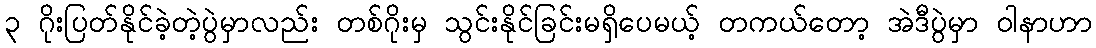
၃ ဂိုးပြတ်နိုင်ခဲ့တဲ့ပွဲမှာလည်း တစ်ဂိုးမှ သွင်းနိုင်ခြင်းမရှိပေမယ့် တကယ်တော့ အဲဒီပွဲမှာ ဝါနာဟာ